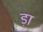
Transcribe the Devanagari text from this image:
ड़ा